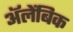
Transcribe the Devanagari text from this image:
अॅलेंबिक